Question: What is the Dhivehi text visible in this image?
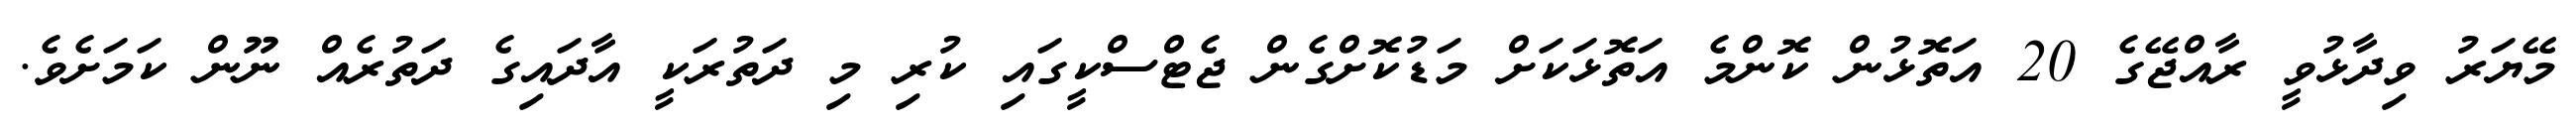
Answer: މޭޔަރު ވިދާޅުވީ ރާއްޖޭގެ 20 އަތޮޅުން ކޮންމެ އަތޮޅަކަށް މަޑުކޮށްގެން ޖެޓްސްކީގައި ކުރި މި ދަތުރަކީ އާދައިގެ ދަތުރެއް ނޫން ކަމަށެވެ.